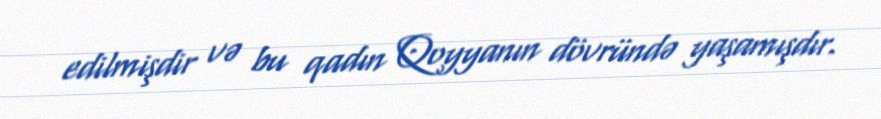
edilmişdir və bu qadın Qoyyanın dövründə yaşamışdır.